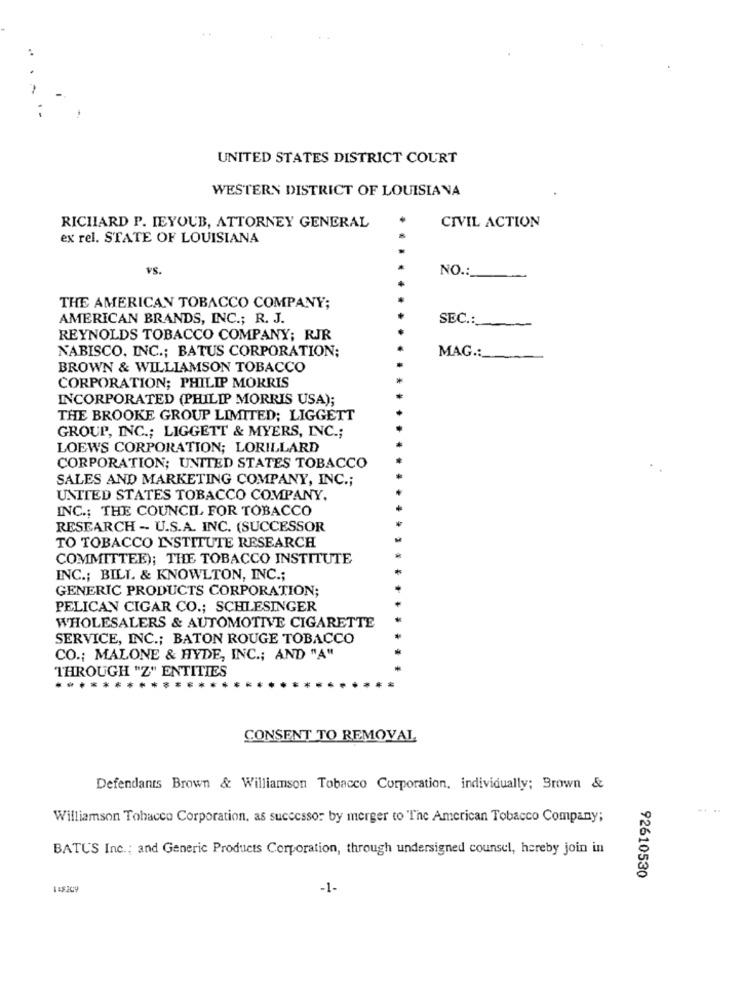
UNITED STATES DISTRICT COURT
WESTERN DISTRICT OF LOUISIANA
CIVIL ACTION
RICHARD P. IEYOUB, ATTORNEY GENERAL
ex rel. STATE OF LOUISIANA
VS.
NO .:
-
THE AMERICAN TOBACCO COMPANY;
AMERICAN BRANDS, INC .; R. J.
SEC .:
REYNOLDS TOBACCO COMPANY; RJR
NABISCO, INC .; BATUS CORPORATION;
MAG .:_
BROWN & WILLIAMSON TOBACCO
CORPORATION; PHILIP MORRIS
INCORPORATED (PHILIP MORRIS USA);
THE BROOKE GROUP LIMITED; LIGGETT
GROUP, INC .; LIGGETT & MYERS, INC .;
LOEWS CORPORATION; LORILLARD
CORPORATION; UNITED STATES TOBACCO
SALES AND MARKETING COMPANY, INC .;
UNITED STATES TOBACCO COMPANY.
INC .; THE COUNCIL FOR TOBACCO
RESEARCH - U.S.A. INC. (SUCCESSOR
TO TOBACCO INSTITUTE RESEARCH
COMMITTEE); THE TOBACCO INSTITUTE
INC .; BILI. & KNOWLTON, INC .;
GENERIC PRODUCTS CORPORATION;
PELICAN CIGAR CO .; SCHLESINGER
WHOLESALERS & AUTOMOTIVE CIGARETTE
SERVICE, INC .; BATON ROUGE TOBACCO
CO .; MALONE & HYDE, INC .; AND "A"
THROUGH "Z" ENTITIES
......
CONSENT TO REMOVAL
Defendants Brown & Williamson Tobacco Corporation, individually; Brown &
Williamson Tobacco Corporation, as successor by merger to The American Tobacco Company;
BATUS Inc .; and Generic Products Corporation, through undersigned counsel, hereby join in
92610530
118209
-1-